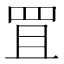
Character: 罝